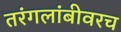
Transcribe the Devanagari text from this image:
तरंगलांबीवरच